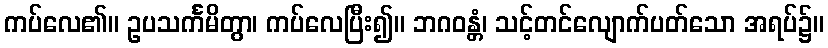
ကပ်လေ၏။ ဥပသင်္ကမိတွာ၊ ကပ်လေပြီး၍။ ဘဂဝန္တံ၊ သင့်တင်လျောက်ပတ်သော အရပ်၌။